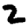
Digit: 2